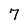
Character: 7